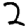
Digit: 2